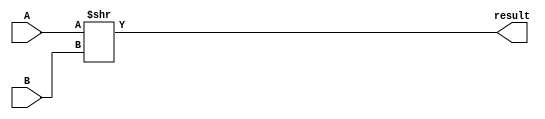
module shift_right(
    // Right Shift Inputs
    input wire [31:0] A, B,
    
    // Right Shift Output
    output wire [31:0] result);

    // Shifts 'A' Right by B bits
    assign result = A >> B;      

endmodule